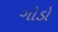
ગોડો